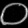
Digit: ၀